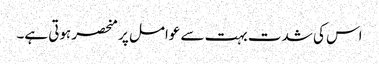
اس کی شدت بہت سے عوامل پر منحصر ہوتی ہے۔